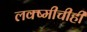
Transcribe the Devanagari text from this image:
लक्ष्मीचीही